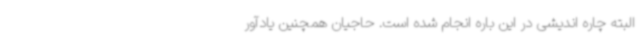
البته چاره اندیشی در این باره انجام شده است. حاجیان همچنین یادآور